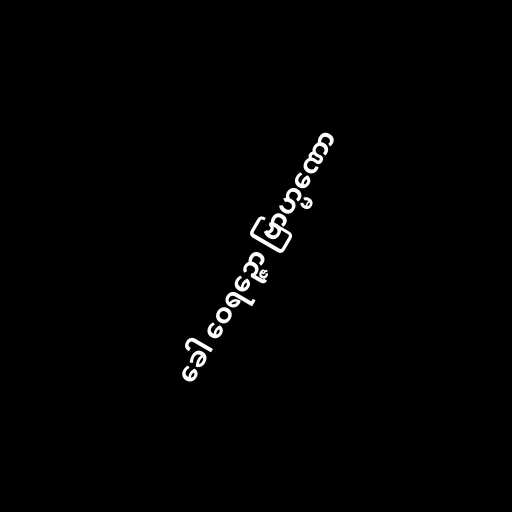
ခေါ ဝေရဉ္ဇော ဗြာဟ္မဏော